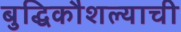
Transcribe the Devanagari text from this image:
बुद्धिकौशल्याची